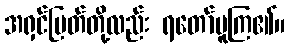
အရှင်မြတ်တို့လည်း ရတော်မူကြ၏။